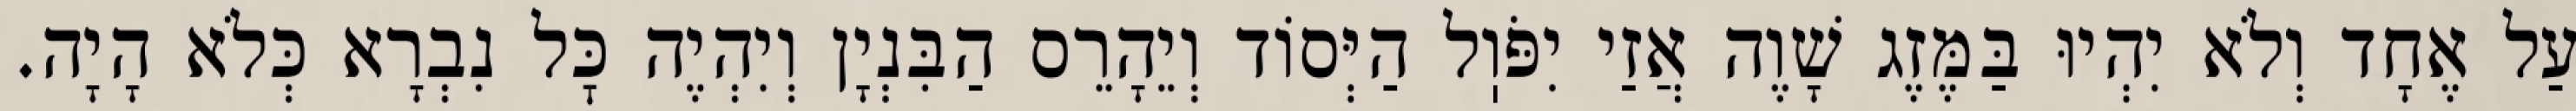
עַל אֶחָד וְלֹא יִהְיוּ בַּמֶּזֶג שָׁוֶה אֲזַי יִפֹּוֽל הַיְּסוֹד וְיֵהָרֵס הַבִּנְיָן וְיִהְיֶה כׇּל נִבְרָא כְּלֹא הָיָה.